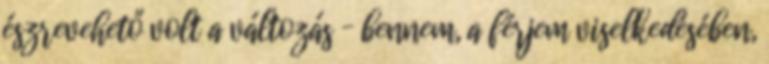
észrevehető volt a változás – bennem, a férjem viselkedésében,